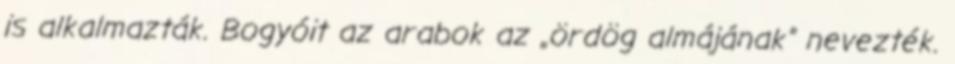
is alkalmazták. Bogyóit az arabok az „ördög almájának” nevezték.